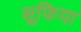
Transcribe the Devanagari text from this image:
सूफिया